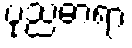
ပုညဓာရာ